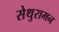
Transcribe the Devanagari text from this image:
सेथुरामन